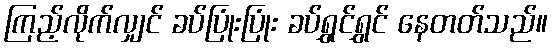
ကြည့်လိုက်လျှင် ခပ်ပြုံးပြုံး ခပ်ရွှင်ရွှင် နေတတ်သည်။